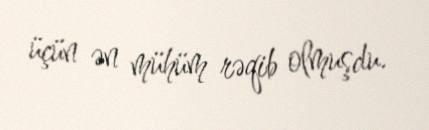
üçün ən mühüm rəqib olmuşdu.